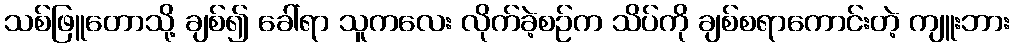
သစ်ဖြူတောသို့ ချစ်၍ ခေါ်ရာ သူကလေး လိုက်ခဲ့စဉ်က သိပ်ကို ချစ်စရာကောင်းတဲ့ ကျူးဘား